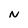
Character: N